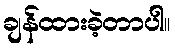
ချန်ထားခဲ့တာပါ။